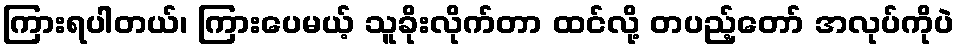
ကြားရပါတယ်၊ ကြားပေမယ့် သူခိုးလိုက်တာ ထင်လို့ တပည့်တော် အလုပ်ကိုပဲ